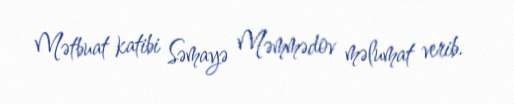
Mətbuat katibi Səmayə Məmmədov məlumat verib.